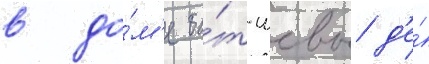
в до́м'е ба́т-шевы д'е́